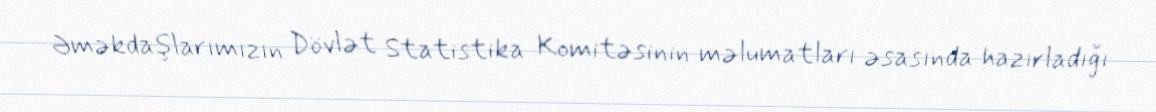
Əməkdaşlarımızın Dövlət Statistika Komitəsinin məlumatları əsasında hazırladığı